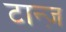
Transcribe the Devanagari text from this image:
टान्ज़